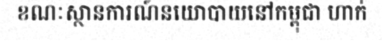
ខណៈស្ថានការណ៍នយោបាយនៅកម្ពុជា ហាក់